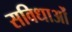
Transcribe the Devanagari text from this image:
सविधाओं